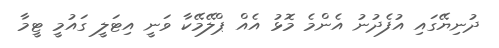
ދުނިޔޭގައި އުފެދުނު އެންމެ މޮޅު އެއް ޕްލޭމޭކާ ވަނީ އިޓަލީ ގައުމީ ޓީމާ